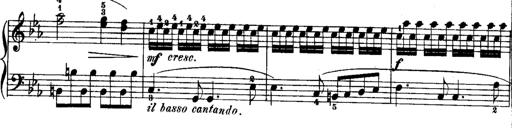
Title: Rondos and Sonatinas for Pianoforte
Composer: Daniel Steibelt